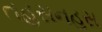
તહસનહસ